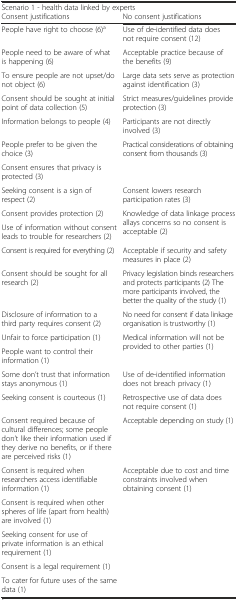
<table><thead><tr><td colspan="2"><b>Scenario 1 - health data linked by experts</b></td></tr><tr><td><b>Consent justifications</b></td><td><b>No consent justifications</b></td></tr></thead><tbody><tr><td>People have right to choose (6)<sup>a</sup></td><td>Use of de-identified data does not require consent (12)</td></tr><tr><td>People need to be aware of what is happening (6)</td><td>Acceptable practice because of the benefits (9)</td></tr><tr><td>To ensure people are not upset/do not object (6)</td><td>Large data sets serve as protection against identification (3)</td></tr><tr><td>Consent should be sought at initial point of data collection (5)</td><td>Strict measures/guidelines provide protection (3)</td></tr><tr><td>Information belongs to people (4)</td><td>Participants are not directly involved (3)</td></tr><tr><td>People prefer to be given the choice (3)</td><td rowspan="2">Practical considerations of obtaining consent from thousands (3)</td></tr><tr><td>Consent ensures that privacy is protected (3)</td></tr><tr><td>Seeking consent is a sign of respect (2)</td><td>Consent lowers research participation rates (3)</td></tr><tr><td>Consent provides protection (2)</td><td rowspan="2">Knowledge of data linkage process allays concerns so no consent is acceptable (2)</td></tr><tr><td>Use of information without consent leads to trouble for researchers (2)</td></tr><tr><td>Consent is required for everything (2)</td><td>Acceptable if security and safety measures in place (2)</td></tr><tr><td>Consent should be sought for all research (2)</td><td>Privacy legislation binds researchers and protects participants (2) The more participants involved, the better the quality of the study (1)</td></tr><tr><td>Disclosure of information to a third party requires consent (2)</td><td>No need for consent if data linkage organisation is trustworthy (1)</td></tr><tr><td>Unfair to force participation (1)</td><td rowspan="2">Medical information will not be provided to other parties (1)</td></tr><tr><td>People want to control their information (1)</td></tr><tr><td>Some don’t trust that information stays anonymous (1)</td><td>Use of de-identified information does not breach privacy (1)</td></tr><tr><td>Seeking consent is courteous (1)</td><td>Retrospective use of data does not require consent (1)</td></tr><tr><td>Consent required because of cultural differences; some people don’t like their information used if they derive no benefits, or if there are perceived risks (1)</td><td>Acceptable depending on study (1)</td></tr><tr><td>Consent is required when researchers access identifiable information (1)</td><td rowspan="5">Acceptable due to cost and time constraints involved when obtaining consent (1)</td></tr><tr><td>Consent is required when other spheres of life (apart from health) are involved (1)</td></tr><tr><td>Seeking consent for use of private information is an ethical requirement (1)</td></tr><tr><td>Consent is a legal requirement (1)</td></tr><tr><td>To cater for future uses of the same data (1)</td></tr></tbody></table>